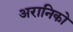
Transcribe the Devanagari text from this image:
अरानिको